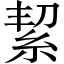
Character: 絜